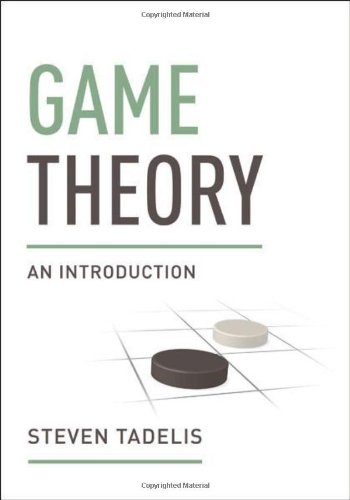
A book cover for Game Theory: An Introduction; Steven Tadelis; Science & Math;